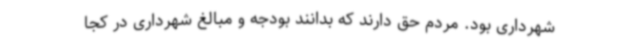
شهرداری بود. مردم حق دارند که بدانند بودجه و مبالغ شهرداری در کجا